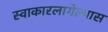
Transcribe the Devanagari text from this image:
स्वाकारलागेल्यास